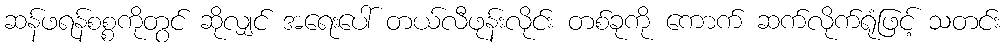
ဆန်ဖရန်စစ္စကိုတွင် ဆိုလျှင် အရေးပေါ် တယ်လီဖုန်းလိုင်း တစ်ခုကို ကောက် ဆက်လိုက်ရုံဖြင့် သတင်း